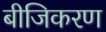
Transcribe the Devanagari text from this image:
बीजिकरण